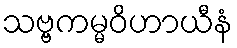
သဗ္ဗကမ္မဝိဟာယီနံ